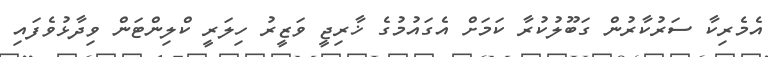
އެމެރިކާ ސަރުކާރުން ގަބޫލުކުރާ ކަމަށް އެގައުމުގެ ޚާރިޖީ ވަޒީރު ހިލަރީ ކްލިންޓަން ވިދާޅުވެފައި